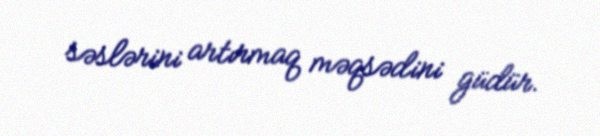
səslərini artırmaq məqsədini güdür.